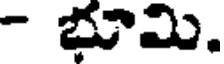
- భూమి.